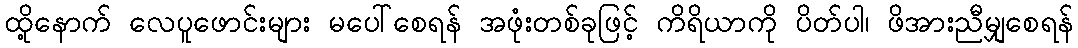
ထို့နောက် လေပူဖောင်းများ မပေါ်စေရန် အဖုံးတစ်ခုဖြင့် ကိရိယာကို ပိတ်ပါ၊ ဖိအားညီမျှစေရန်